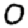
Digit: 0